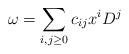
LaTeX: \begin{align*}\omega=\sum_{i,j\ge 0} c_{ij}x^{i}D^{j}\end{align*}